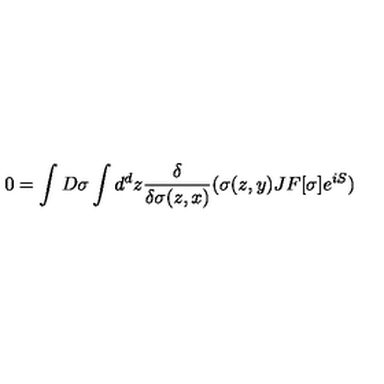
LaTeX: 0 = \int D \sigma \int d ^ { d } z { \frac { \delta } { \delta \sigma ( z , x ) } } ( \sigma ( z , y ) J F [ \sigma ] e ^ { i S } )